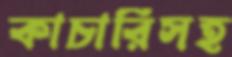
কাচারিসহ